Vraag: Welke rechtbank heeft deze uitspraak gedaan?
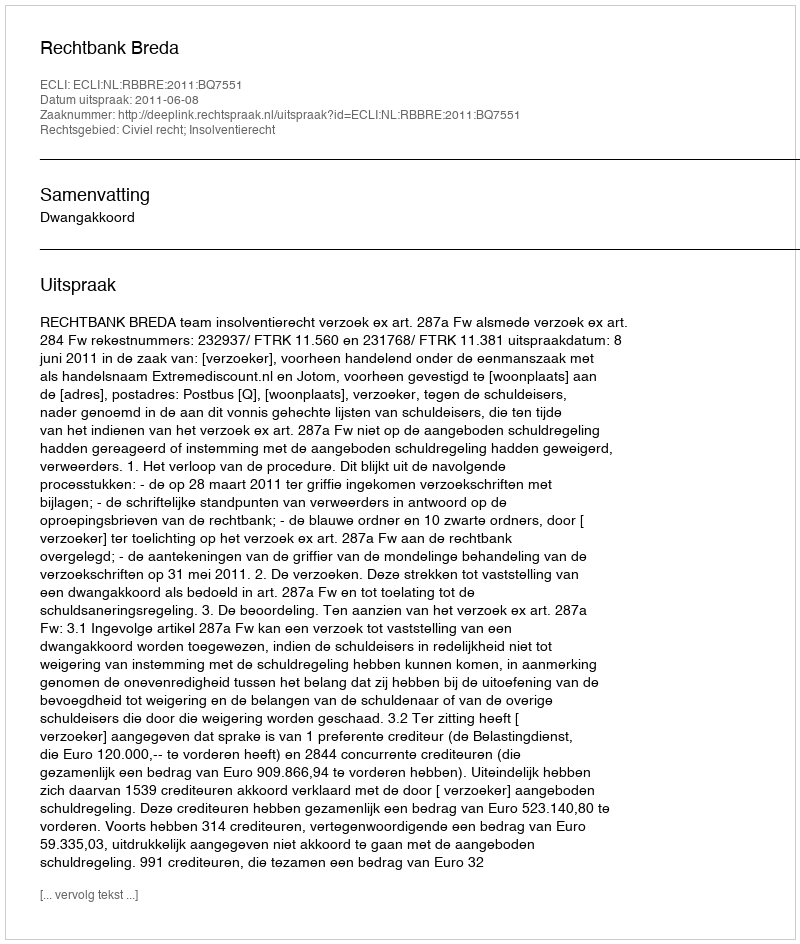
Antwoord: Rechtbank Breda